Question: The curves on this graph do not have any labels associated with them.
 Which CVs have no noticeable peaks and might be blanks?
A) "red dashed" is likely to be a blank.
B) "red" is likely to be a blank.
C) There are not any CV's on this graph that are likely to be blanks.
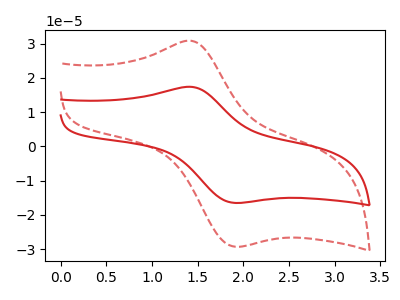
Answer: <think>The red curve "red" has an anodic peak at (1.45V, 17.30uA) and a cathodic peak at (1.95V, -16.50uA). The red dashed curve "red dashed" has an anodic peak at (1.45V, 30.70uA) and a cathodic peak at (1.95V, -29.30uA).</think>
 <answer>C) There are not any CV's on this graph that are likely to be blanks.</answer>
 <eval>C</eval>